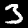
Label: 3